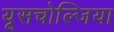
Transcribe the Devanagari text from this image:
यूसचोल्जिया